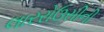
લારરોઉસીની